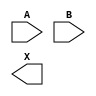
//Generated from netlist by SpyDrNet
//netlist name: FPGA88_SOFA_A
module sky130_fd_sc_hd__or2_1
(
    A,
    B,
    X
);

    input A;
    input B;
    output X;

    wire A;
    wire B;
    wire X;

endmodule